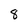
Character: 8